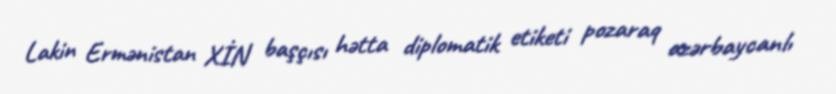
Lakin Ermənistan XİN başçısı hətta diplomatik etiketi pozaraq azərbaycanlı